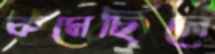
কমেছিলে